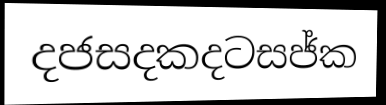
දජසදකදටසජ්ක